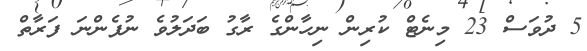
5 ދުވަސް 23 މިނެޓް ކުރިން ނިހާންގެ ރާގު ބަދަލުވެ ނުފެންނަ ފަރާތް